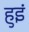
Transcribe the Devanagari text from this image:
हुइं